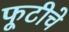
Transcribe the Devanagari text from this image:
फूटीचे